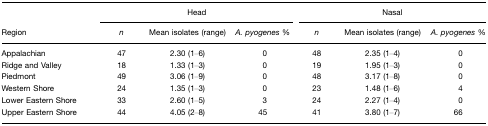
|  | <COLSPAN=3> Head | <COLSPAN=3> Nasal |
 | Region | n | Mean isolates (range) | A. pyogenes% | n | Mean isolates (range) | A. pyogenes% |
 | --- | --- | --- | --- | --- | --- | --- |
 | Appalachian | 47 | 2.30 (1–6) | 0 | 48 | 2.35 (1–4) | 0 |
 | Ridge and Valley | 18 | 1.33 (1–3) | 0 | 19 | 1.95 (1–3) | 0 |
 | Piedmont | 49 | 3.06 (1–9) | 0 | 48 | 3.17 (1–8) | 0 |
 | Western Shore | 24 | 1.35 (1–3) | 0 | 23 | 1.48 (1–6) | 4 |
 | Lower Eastern Shore | 33 | 2.60 (1–5) | 3 | 24 | 2.27 (1–4) | 0 |
 | Upper Eastern Shore | 44 | 4.05 (2–8) | 45 | 41 | 3.80 (1–7) | 66 |